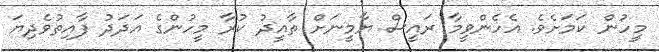
މީހުން ކަމަށެވެ. އެހެންވީމާ ރައީސް ޔާމީނަށް ތާއީދު ކުރާ މީހުންގެ އަދަދު ފާއިތުވެދިޔަ